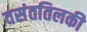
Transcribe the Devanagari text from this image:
वसंततिलकी